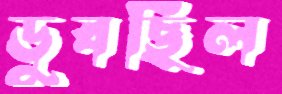
ডুবছিল